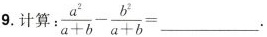
9.计算 $$\frac{a^{2}}{a+b}- \frac{b^{2}}{a+b}=___$$.